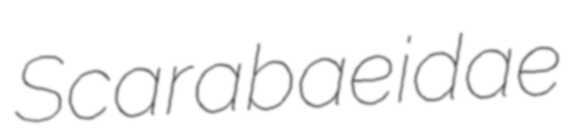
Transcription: Scarabaeidae